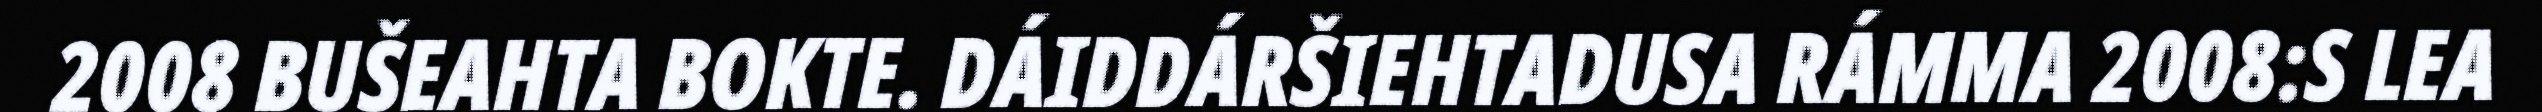
2008 BUŠEAHTA BOKTE. DÁIDDÁRŠIEHTADUSA RÁMMA 2008:S LEA